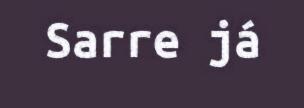
Sarre já